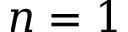
n = 1